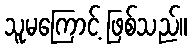
သူမကြောင့် ဖြစ်သည်။